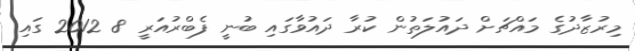
މިރުޒާދުގެ މައްޗަށް ދައުލަތުން ކުރާ ދައުވާގައި ބުނީ ފެބްރުއަރީ 8 2012 ގައި